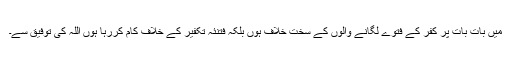
میں بات بات پر کفر کے فتوے لگانے والوں کے سخت خلاف ہوں بلکہ فتنئہ تکفیر کے خلاف کام کررہا ہوں اللہ کی توفیق سے۔